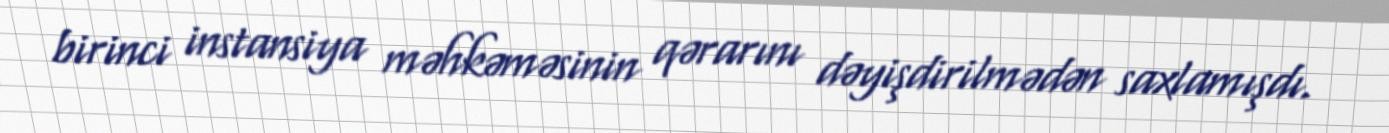
birinci instansiya məhkəməsinin qərarını dəyişdirilmədən saxlamışdı.